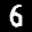
Label: 6